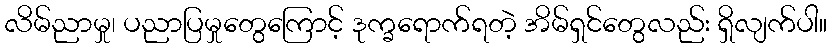
လိမ်ညာမှု၊ ပညာပြမှုတွေကြောင့် ဒုက္ခရောက်ရတဲ့ အိမ်ရှင်တွေလည်း ရှိလျက်ပါ။